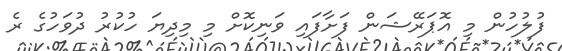
ފުލުހުން މި އޮޕަރޭޝަން ފަށާފައި ވަނިކޮށް މި މިދިޔަ ހުކުރު ދުވަހުގެ ރެ